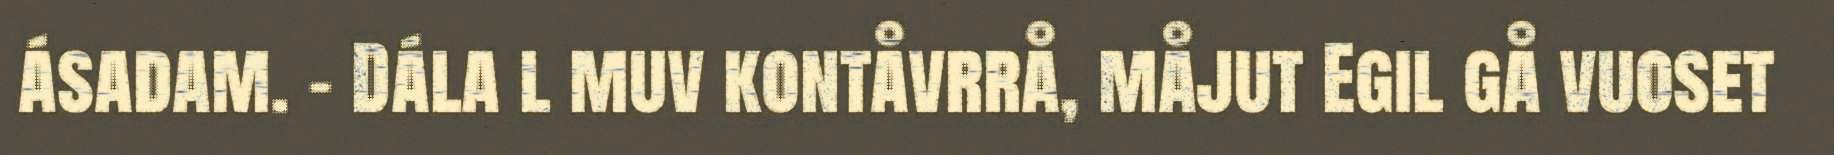
ásadam. - Dála l muv kontåvrrå, måjut Egil gå vuoset